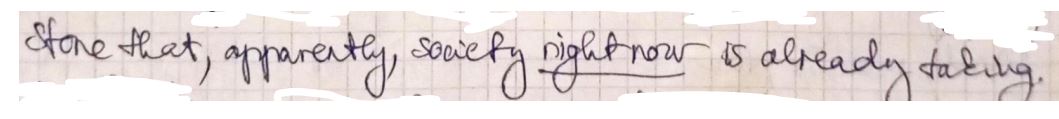
Store that, apparently, society right-now is already taking.